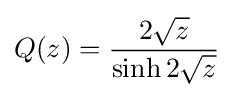
Q(z)={\frac {2{\sqrt {z}}}{\sinh 2{\sqrt {z}}}}\